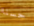
حسنا